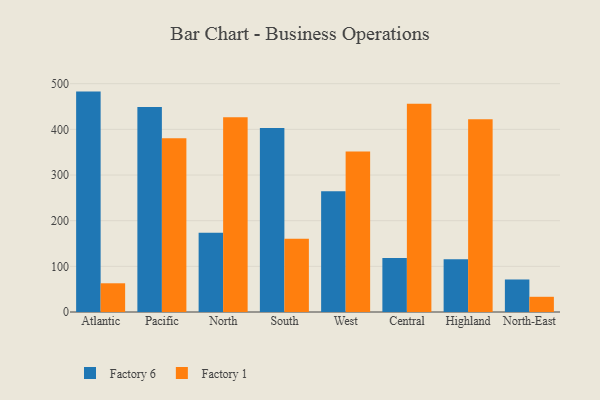
{"axis": {"x": "Region", "y": "Net Income (USD K)"}, "legend": ["Factory 1", "Factory 6"], "data": [{"x": "Atlantic", "y": 482.7, "type": "Factory 6"}, {"x": "Atlantic", "y": 62.9, "type": "Factory 1"}, {"x": "Pacific", "y": 448.8, "type": "Factory 6"}, {"x": "Pacific", "y": 380.3, "type": "Factory 1"}, {"x": "North", "y": 173.3, "type": "Factory 6"}, {"x": "North", "y": 426.5, "type": "Factory 1"}, {"x": "South", "y": 402.9, "type": "Factory 6"}, {"x": "South", "y": 160.6, "type": "Factory 1"}, {"x": "West", "y": 264.2, "type": "Factory 6"}, {"x": "West", "y": 351.3, "type": "Factory 1"}, {"x": "Central", "y": 118.1, "type": "Factory 6"}, {"x": "Central", "y": 456.3, "type": "Factory 1"}, {"x": "Highland", "y": 115.5, "type": "Factory 6"}, {"x": "Highland", "y": 422.1, "type": "Factory 1"}, {"x": "North-East", "y": 71.2, "type": "Factory 6"}, {"x": "North-East", "y": 33.3, "type": "Factory 1"}]}